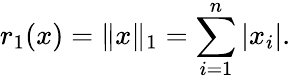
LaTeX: r_{1}(x)=\| x\| _{1}=\sum_{i=1}^{n}|x_{i}|.